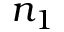
n _ { 1 }